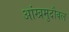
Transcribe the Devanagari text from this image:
आंखमुदौवल